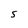
Character: s